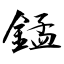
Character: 錳